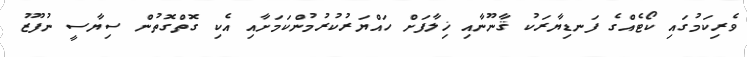
ވެރިކަމުގައި ކޯޓެއްގެ ފަނޑިޔާރަކު ޤާނޫނާއި ޚިލާފަށް ހައްޔަރުކުރުމުންކަމަށާއި އެކި ގޮތްގޮތުން ސިޔާސީ ނުފޫޒު